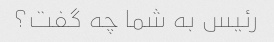
رئیس به شما چه گفت؟